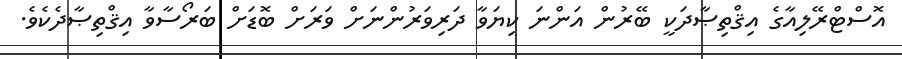
އޮސްޓްރޭލިއާގެ އިޤްތިޞާދަކީ ބޭރުން އަންނަ ކިޔަވާ ދަރިވަރުންނަށް ވަރަށް ބޮޑަށް ބަރޯސާވާ އިޤްތިޞާދެކެވެ.